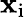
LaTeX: \mathbf{x}_{\mathrm{i}}